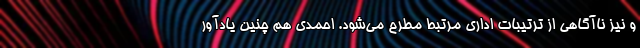
و نیز ناآگاهی از ترتیبات اداری مرتبط مطرح می‌شود. احمدی هم چنین یادآور